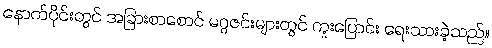
နောက်ပိုင်းတွင် အခြားစာစောင် မဂ္ဂဇင်းများတွင် ကူးပြောင်း ရေးသားခဲ့သည်။